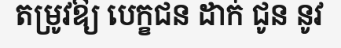
តម្រូវឱ្យ បេក្ខជន ដាក់ ជូន នូវ